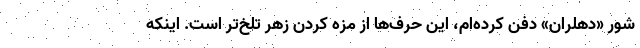
شور «دهلران» دفن کرده‌ام، این حرف‌ها از مزه کردن زهر تلخ‌تر است. اینکه